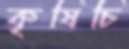
কৃষিচি